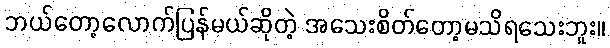
ဘယ်တော့လောက်ပြန်မယ်ဆိုတဲ့ အသေးစိတ်တော့မသိရသေးဘူး။